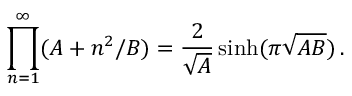
\prod _ { n = 1 } ^ { \infty } ( A + n ^ { 2 } / B ) = { \frac { 2 } { \sqrt { A } } } \sinh ( \pi \sqrt { A B } ) \, .